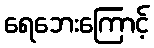
ရေဘေးကြောင့်